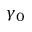
\gamma _ { 0 }